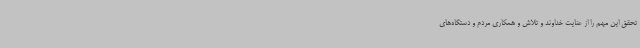
تحقق این مهم را از عنایت خداوند و تلاش و همکاری مردم و دستگاه‌های